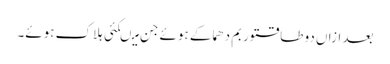
بعد ازاں دو طاقتور بم دھماکے ہوئے جن میںکئی ہلاک ہوئے۔